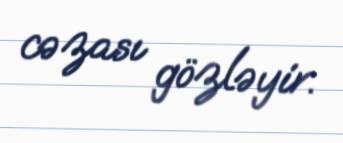
cəzası gözləyir.